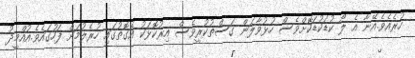
ހުރެއެވެ.އޭނާ އެ ލޯ ކުޑަކުޑަކޮށްވެސް ހުޅުވާލަން ގަސްތުކުރީވެސް އިރުކޮޅަކު އެގޮތުގައި ހުރެލުމަށް ފަހުގައެވެ.އުއްމީދު